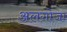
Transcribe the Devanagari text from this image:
अलगोजा